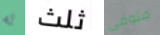
له ثلث متوفى